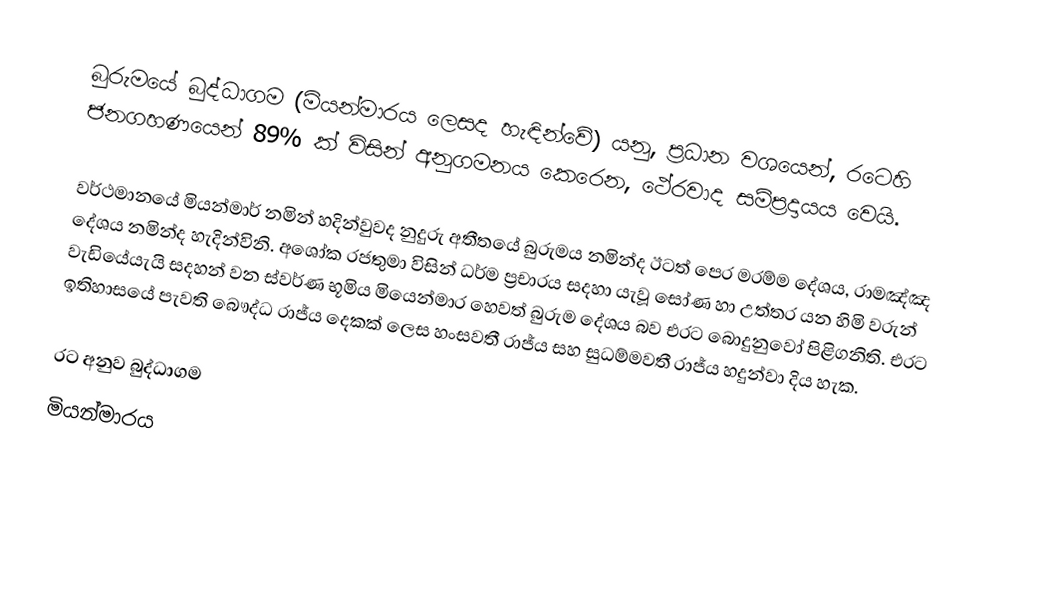
බුරුමයේ බුද්ධාගම (මියන්මාරය ලෙසද හැඳින්වේ) යනු,  ප්‍රධාන වශයෙන්, රටෙහි ජනගහණයෙන් 89% ක් විසින් අනුගමනය කෙරෙන,  ථේරවාද සම්ප්‍රදායය වෙයි.

වර්ථමානයේ මියන්මාර් නමින් හදින්වුවද නුදුරු අතීතයේ බුරුමය නමින්ද ඊටත් පෙර මරම්ම දේශය, රාමඤ්ඤ දේශය නමින්ද හැදින්විනි. අශෝක රජතුමා විසින්  ධර්ම ප්‍රචාරය  සදහා යැවූ සෝණ හා උත්තර යන හිමි වරුන් වැඩියේයැයි සදහන් වන ස්වර්ණ භූමිය මියෙන්මාර හෙවත් බුරුම දේශය බව එරට බොදුනුවෝ  පිළිගනිති. එරට ඉතිහාසයේ පැවති බෞද්ධ රාජ්ය දෙකක් ලෙස හංසවතී රාජ්ය සහ සුධම්මවතී රාජ්ය හදුන්වා දිය හැක.

රට අනුව බුද්ධාගම
මියන්මාරය